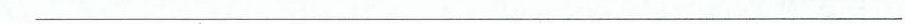
___